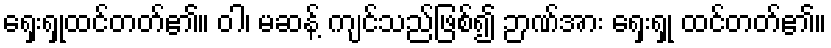
ရှေးရှုထင်တတ်၏။ ဝါ၊ မဆန့် ကျင်သည်ဖြစ်၍ ဉာဏ်အား ရှေးရှု ထင်တတ်၏။